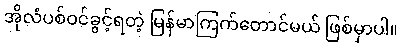
အိုလံပစ်ဝင်ခွင့်ရတဲ့ မြန်မာကြက်တောင်မယ် ဖြစ်မှာပါ။